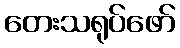
တေးသရုပ်ဖော်